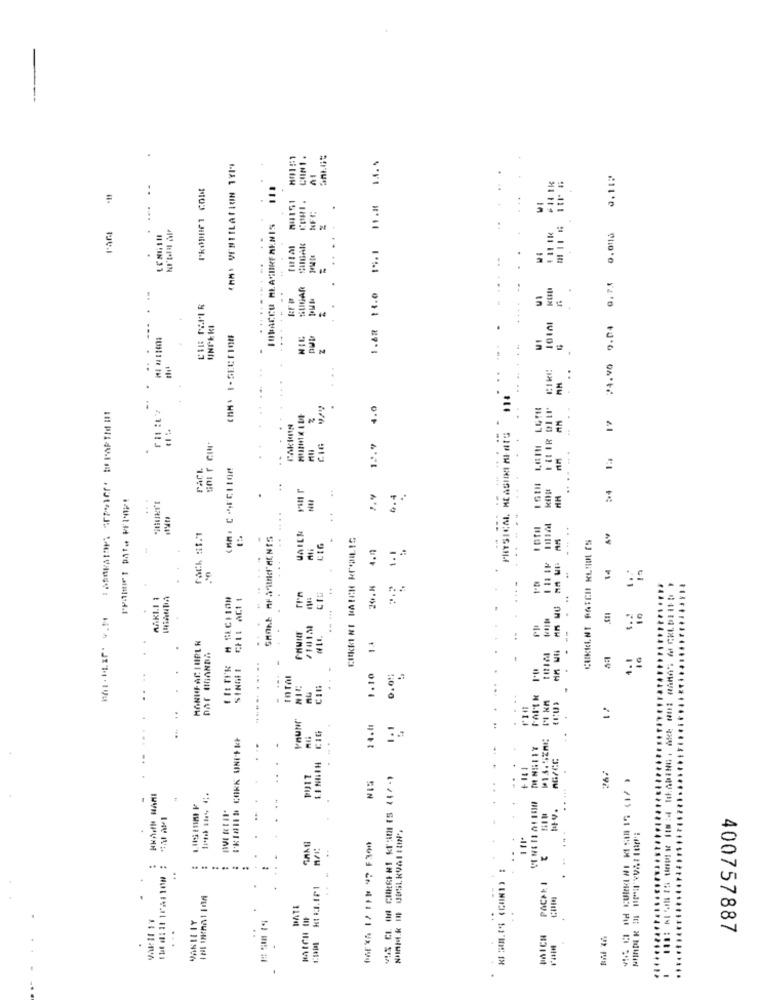
1.82 14.0 1.1 1.8 ...
CHMY VENTILATKUIN 1Y19
0.11₽
-19
TOBACCO HLACUIREMENIS
24.90 0.04 0,75 0,0110
LENGSII
....
.
.........
.
.
.... .
.
4.0
LOTH
17
PAKIS
PHYSICAL. MCASHIKI MINTS
12.9
CIG
....
PACE
:
:
.
..
...
LAICK
...
CIKKI RI MATCH KROULIS
CUKICINI PATCH KLSOL IS
AV
4.4
1
1.1
14
ri'n
20.8
AAKLI 1
M SECTION
CHI ACI 1
MAI.M.IF. v .:
/101M
--
MANUFAC HURL R
1.4
DAT UGANDA
SINGE I
...
1.10
HM
0.0%
..
CIN
LINGIN CIG
14.11
⑈13.5ZA⑆
KKAIN HAMI
.
PGEXS 1/ 110 47 F390
..
...
.. ..
PACALI
DATE
RAICH IH
VANILIY
...
UnICH
400757887